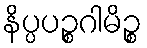
နိပ္ပပဉ္စဂါမိဉ္စ